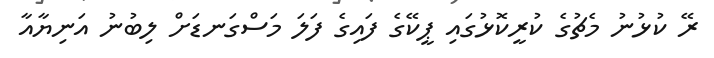
ރޭ ކުޅުނު މެޗުގެ ކުރީކޮޅުގައި ޕީކޭގެ ފައިގެ ފަލަ މަސްގަނޑަށް ލިބުނު އަނިޔާއާ